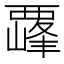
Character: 𫌛